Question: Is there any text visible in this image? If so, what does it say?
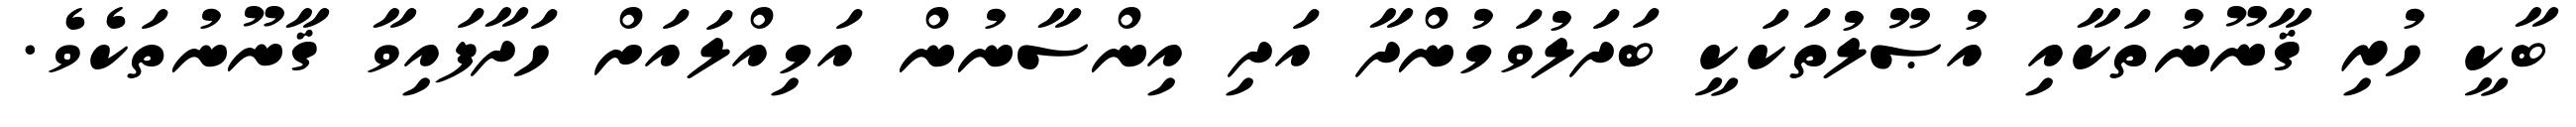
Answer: ބާކީ ހުރި ޤާނޫނުތަކާއި އުޞޫލުތަކަކީ ބަދަލުވަމުންދާ އަދި އިންސާނުން އަމިއްލައަށް ހަދާފައިވާ ޤާނޫނުތަކެވެ.